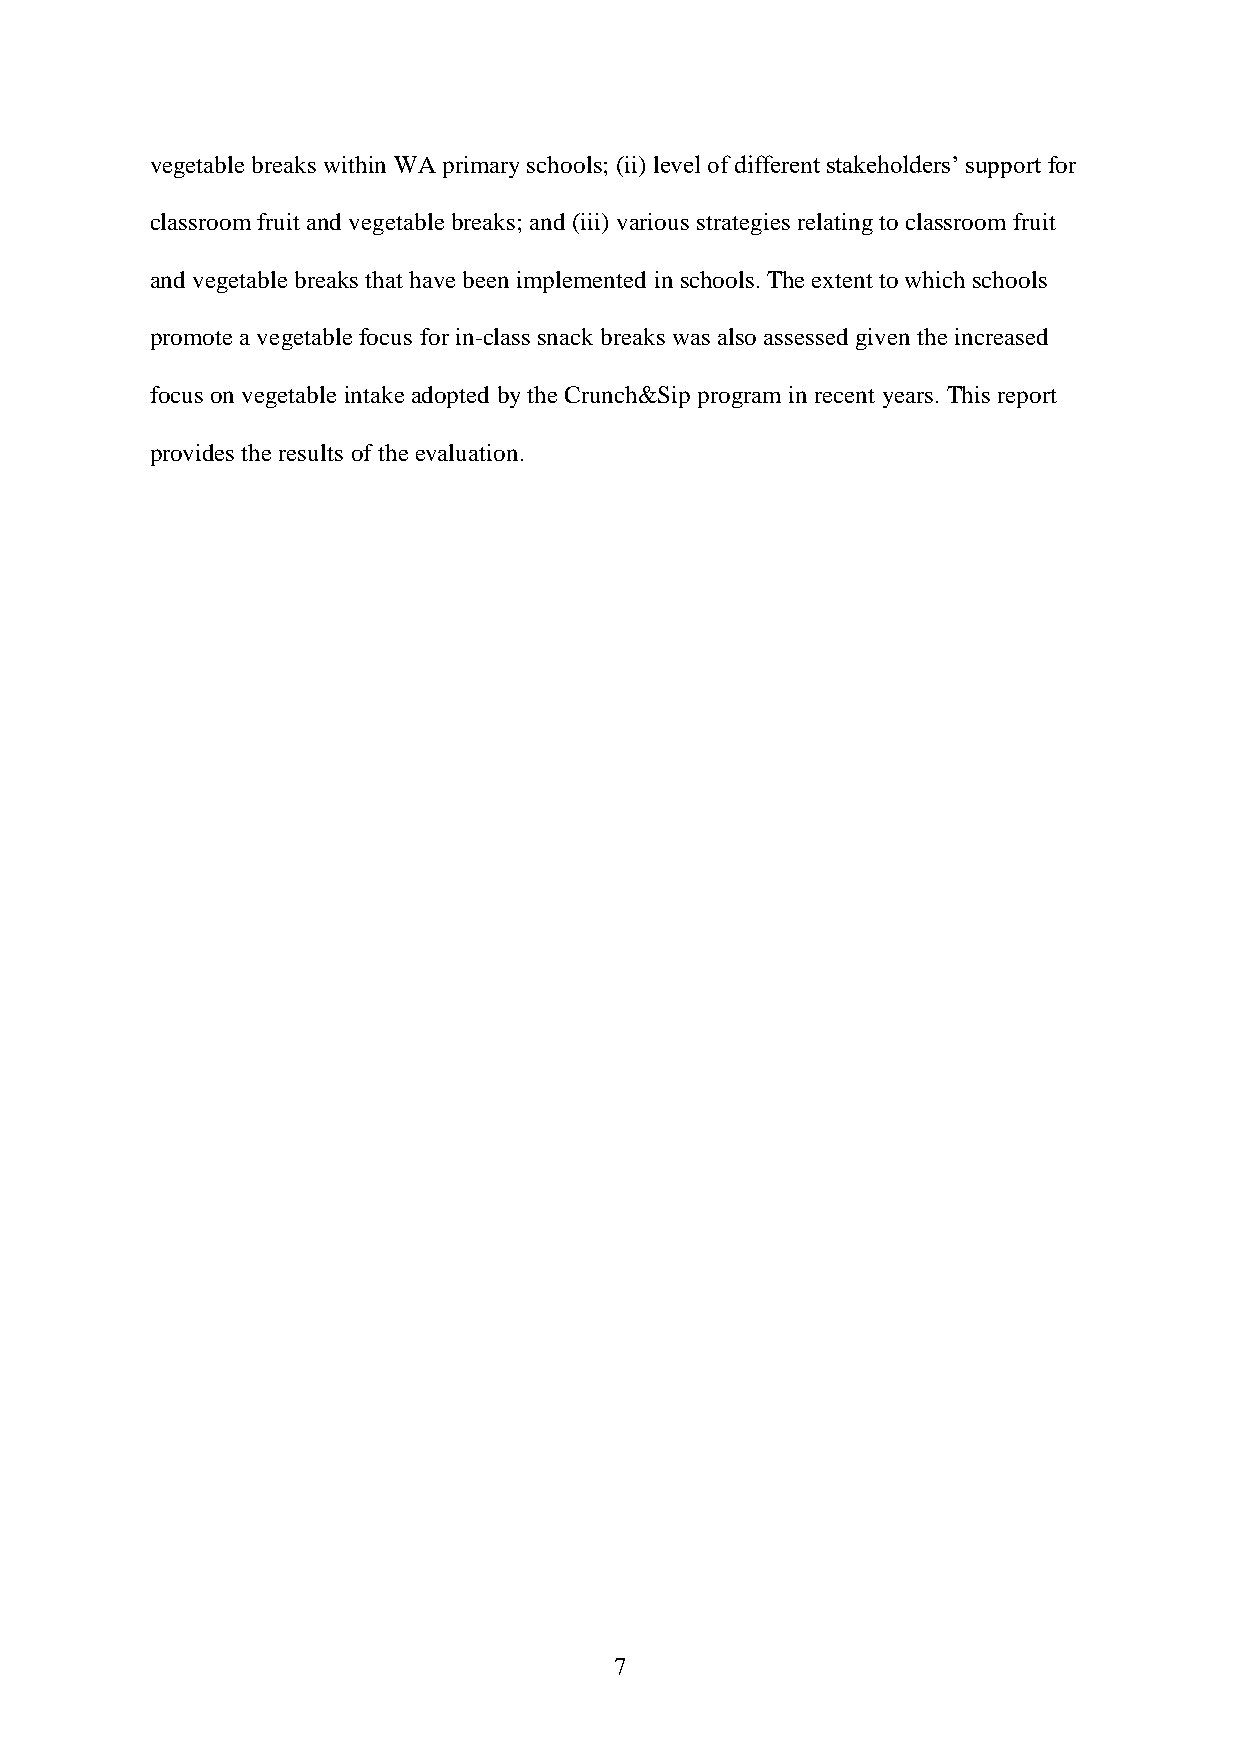
vegetable breaks within WA primary schools; (ii) level of different stakeholders’ support for
 classroom fruit and vegetable breaks; and (iii) various strategies relating to classroom fruit
 and vegetable breaks that have been implemented in schools. The extent to which schools
 promote a vegetable focus for in-class snack breaks was also assessed given the increased
 focus on vegetable intake adopted by the Crunch&Sip program in recent years. This report
 provides the results of the evaluation.
 7